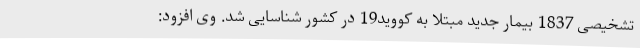
تشخیصی 1837 بیمار جدید مبتلا به کووید19 در کشور شناسایی شد. وی افزود: